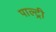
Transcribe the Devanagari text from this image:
पाल्ट्री